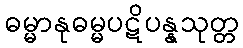
ဓမ္မာနုဓမ္မပဋိပန္နသုတ္တ